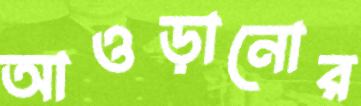
আওড়ানোর